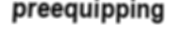
preequipping